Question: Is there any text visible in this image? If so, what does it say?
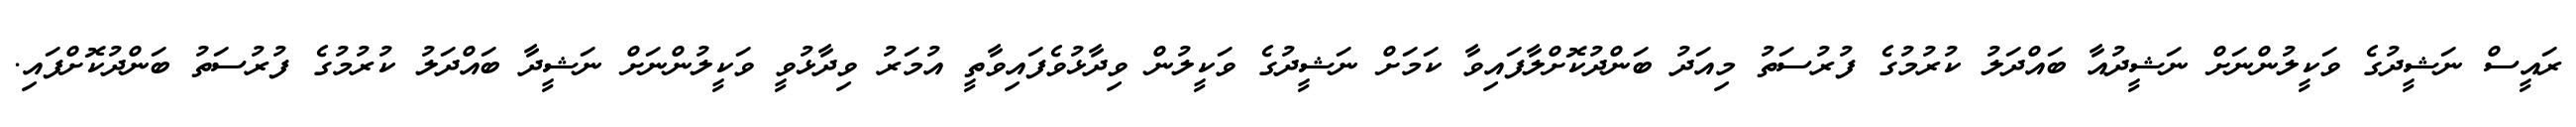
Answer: ރައީސް ނަޝީދުގެ ވަކީލުންނަށް ނަޝީދުއާ ބައްދަލު ކުރުމުގެ ފުރުސަތު މިއަދު ބަންދުކޮށްލާފައިވާ ކަމަށް ނަޝީދުގެ ވަކީލުން ވިދާޅުވެފައިވާތީ އުމަރު ވިދާޅުވީ ވަކީލުންނަށް ނަޝީދާ ބައްދަލު ކުރުމުގެ ފުރުސަތު ބަންދުކޮށްފައި.